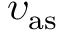
\upsilon _ { \mathrm { a s } }